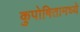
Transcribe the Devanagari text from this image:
कुपोषितामध्ये